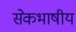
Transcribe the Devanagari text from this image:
सेेकभाषीय